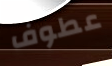
عطوف